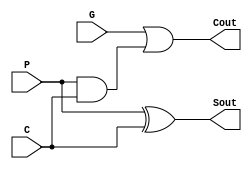
module SC(
    input P,
    input C,
    input G,
    output Cout,
    output Sout
    );
	assign Sout = P ^ C;
	assign Cout = G | (P&C);

endmodule